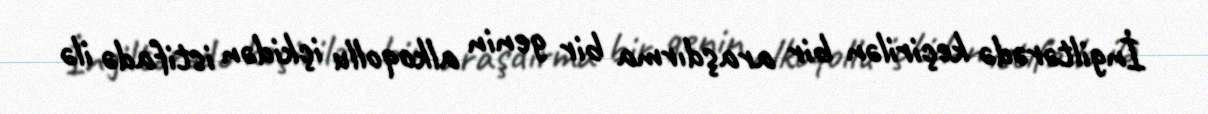
İngiltərədə keçirilən bir araşdırma bir genin alkoqollu içkidən istifadə ilə